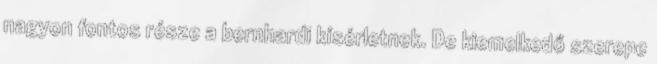
nagyon fontos része a bernhardi kísérletnek. De kiemelkedő szerepe